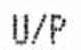
U/P